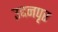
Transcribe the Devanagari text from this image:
उद्दनपृर